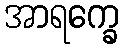
အာရက္ခေ